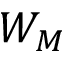
W _ { M }